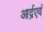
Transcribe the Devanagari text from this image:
आर्द्रएवं